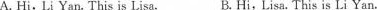
A. Hi, Li Yan. This is Lisa. B. Hi,Lisa. This is Li Yan.